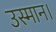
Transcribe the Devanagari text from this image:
उस्मान।